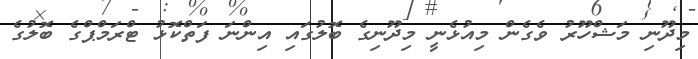
މިދޫނި މަޝްހޫރު ވެގެން މިއުޅެނީ މިދޫނިގެ ބޮލުގައި އިންނަ ފަތްކޮޅު ޓްރަމްޕްގެ ބޮލުގެ